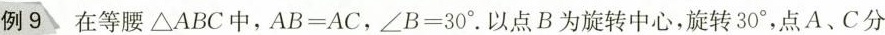
例9 在等腰△ABC中，$$A B = A C$$，$$∠ B = 3 0 °$$. 以点B为旋转中心，旋转30°，点A、C分